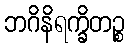
ဘဂိနိရက္ခိတဉ္စ